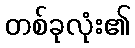
တစ်ခုလုံး၏